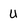
Character: U